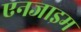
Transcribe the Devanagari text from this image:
एनजाइम